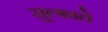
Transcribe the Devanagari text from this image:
सुल्फाते